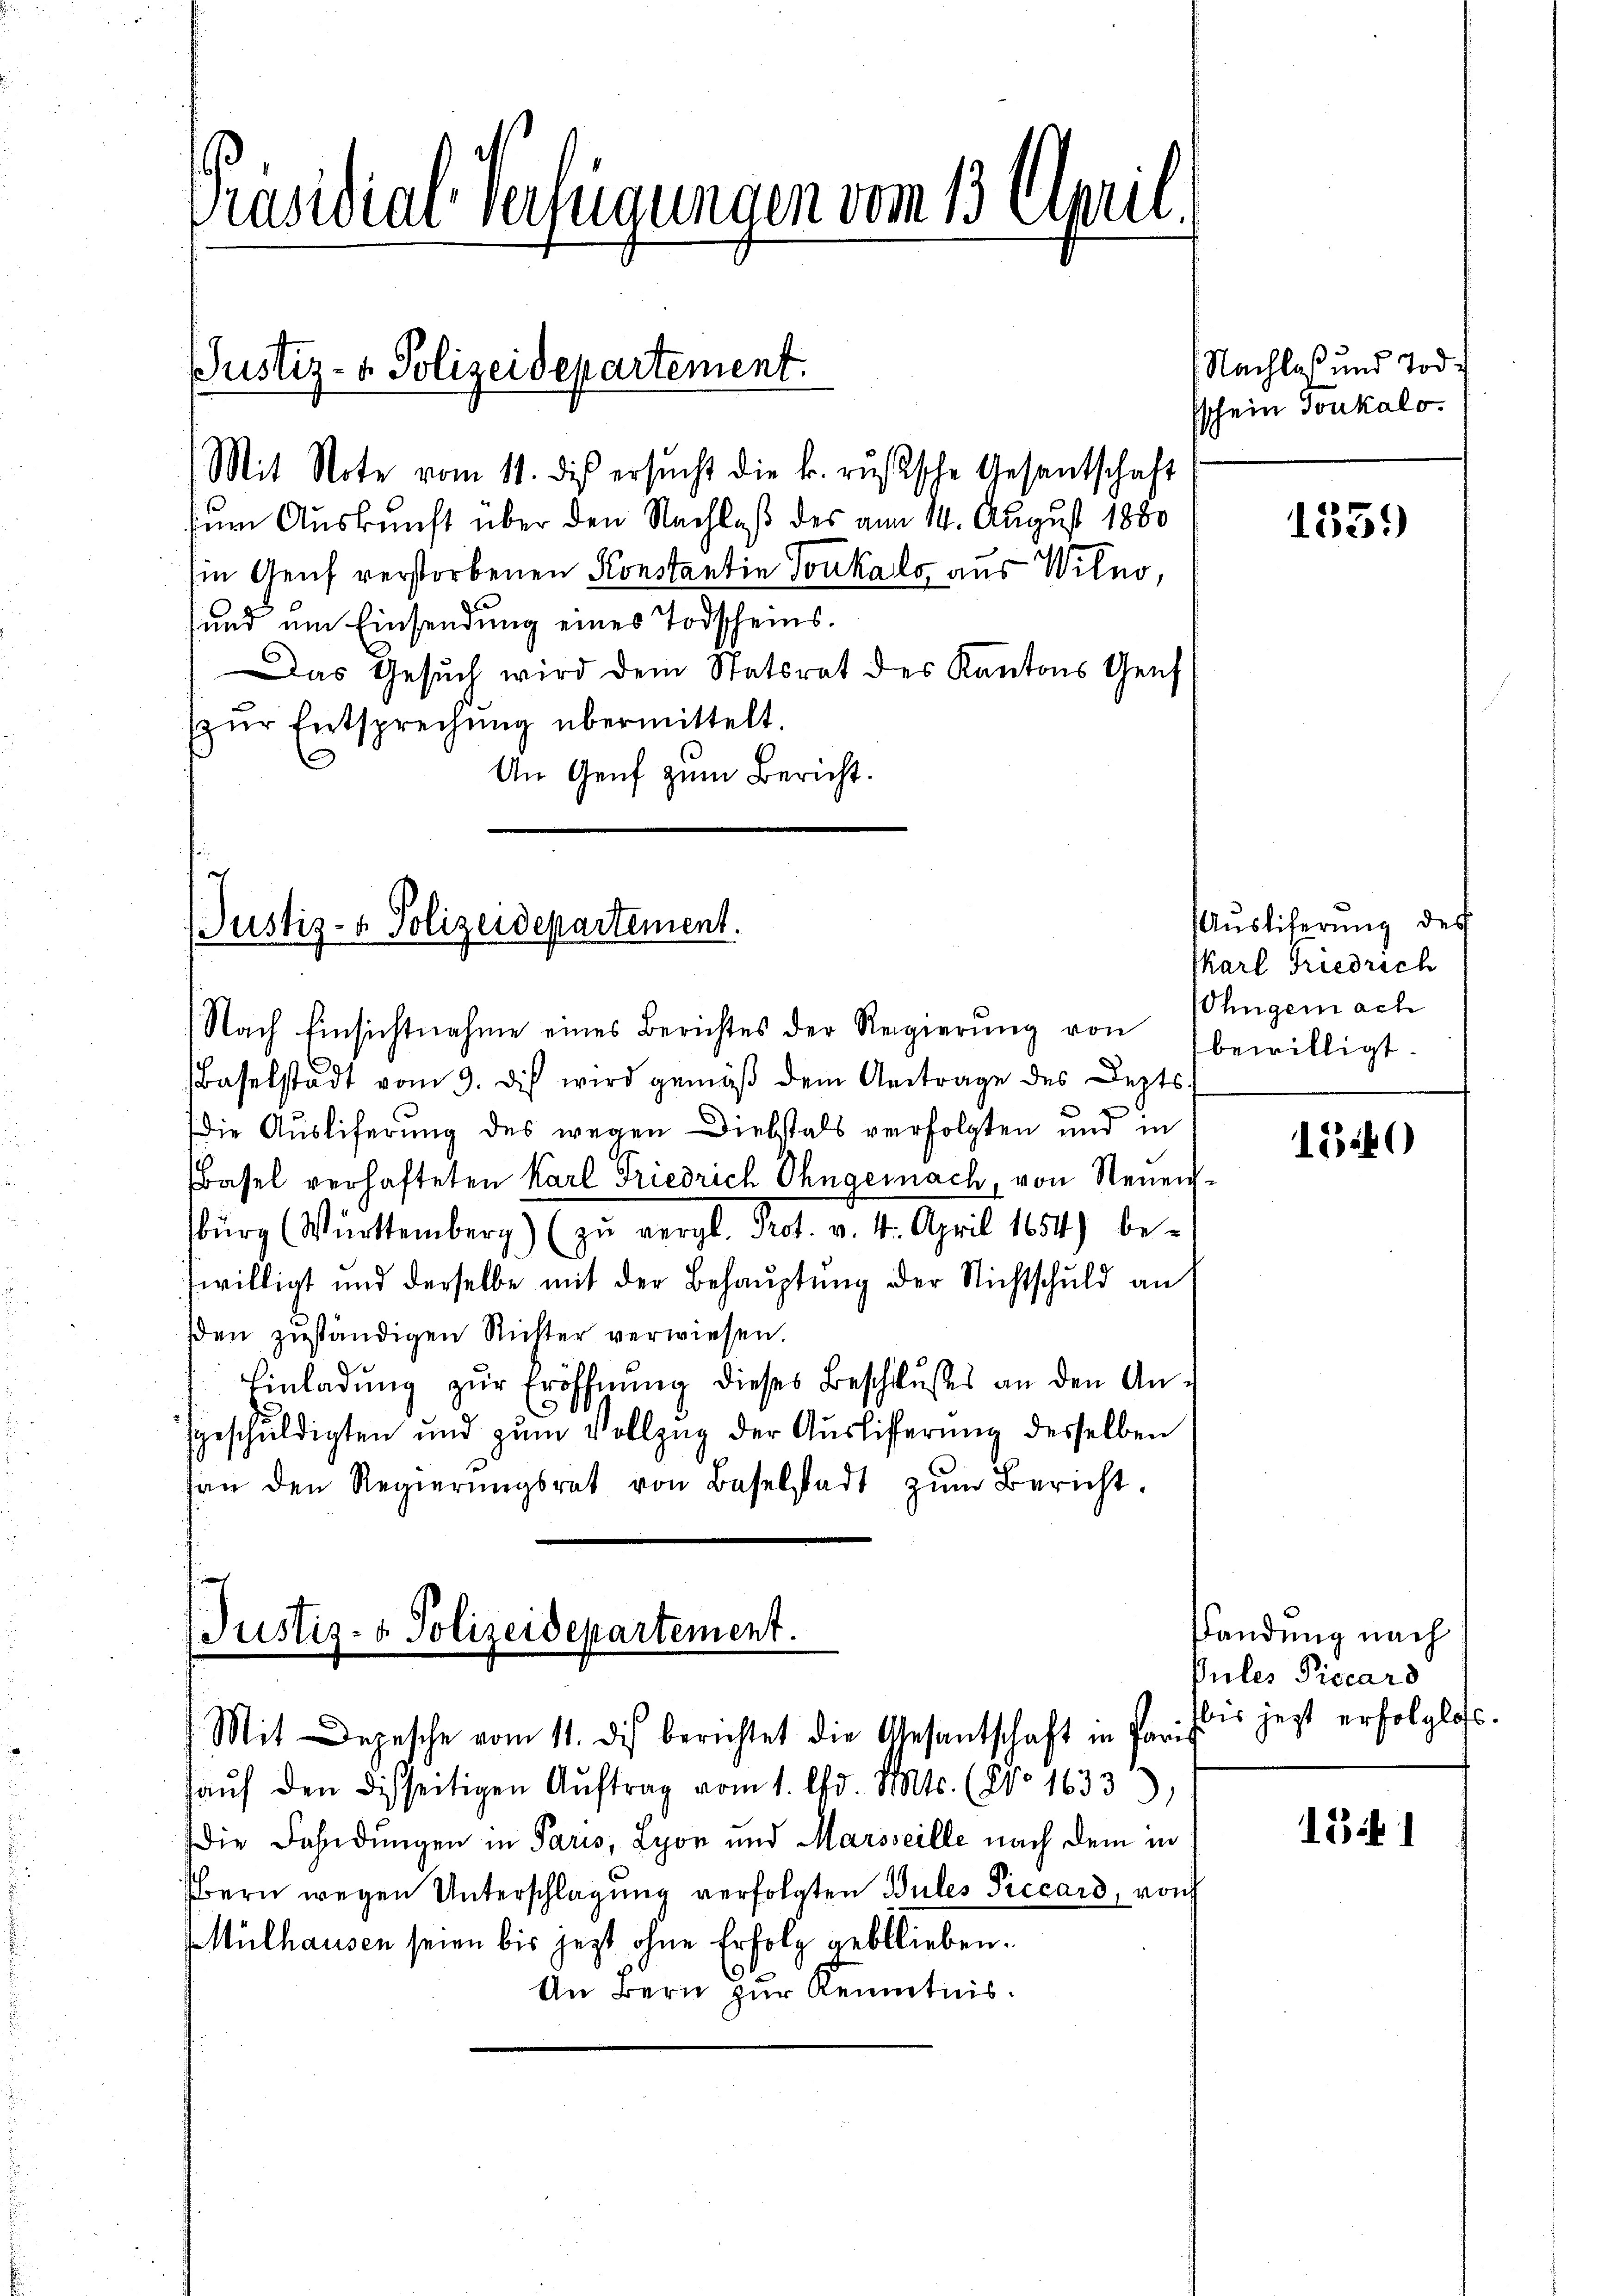
Präsidial-Verfügungen vom 1. April

Justiz- u. Polizeidepartement.
Mit Note vom 11. dis ersucht die k. russche Gesandtschaft

zum Auskunft über den Nachlaß des am 14. August 1880
Ein Genf verstorbenen Konstantin Tonkals aus Wilno,
sund um Einsendung eines Todscheins.
Das Gesuch wird dem Statsrat des Kantons Genf
zŭr Entsprechung übermittelt.
An Genf zum Bericht.

Justiz- & Polizeidepartement.

Nach Einsichtnahme eines Berichtes der Regierŭng von bewilligt.
Baselstadt vom 9. dis wird gemäβ dem Antrage des Lezts-
e
die Ausliferung des wegen Diebstals verfolgten und in
Basel verhafteten Karl Friedrich Ohngemach, von Steŭers-
burg (Württemberg) (zŭ vergl. Prot. v. 4. April 1854) be-
swilligt und derselbe mit der Behauptung der Nichtschuld an
sden zuständigen Richter verwiesen.
Einladung zur Eröffnung dieses Beschlußes an den An¬
.
sgeschuldigten und zŭm Vollzug der Auslifferung desselben
han den Regierŭngsrat von Baselstadt zŭm Bericht.

JJustiz- & Polizeidepartement.
Mit Depesche vom 11. di berichtet die Gesantschaft in Paris

(Nachlaß und Tod.
sschein Tonkalo

aŭf den disseitigen Auftrag vom 1. d. Mts. (N° 1633),
die Fahndungen in Paris, Lyon und Marsseille nach dem in
bern wegen Unterschlagung verfolgten Pules Piccard, von
Mülhausen seien bis jezt ohne Erfolg geblieben.
An Bern zur Kenntnis.

135.)

Auslieferung des
karl Friedrich
Ohngemach

150

Landung nach
Gules Precard
bis jetzt erfolglos.

1Bit 1